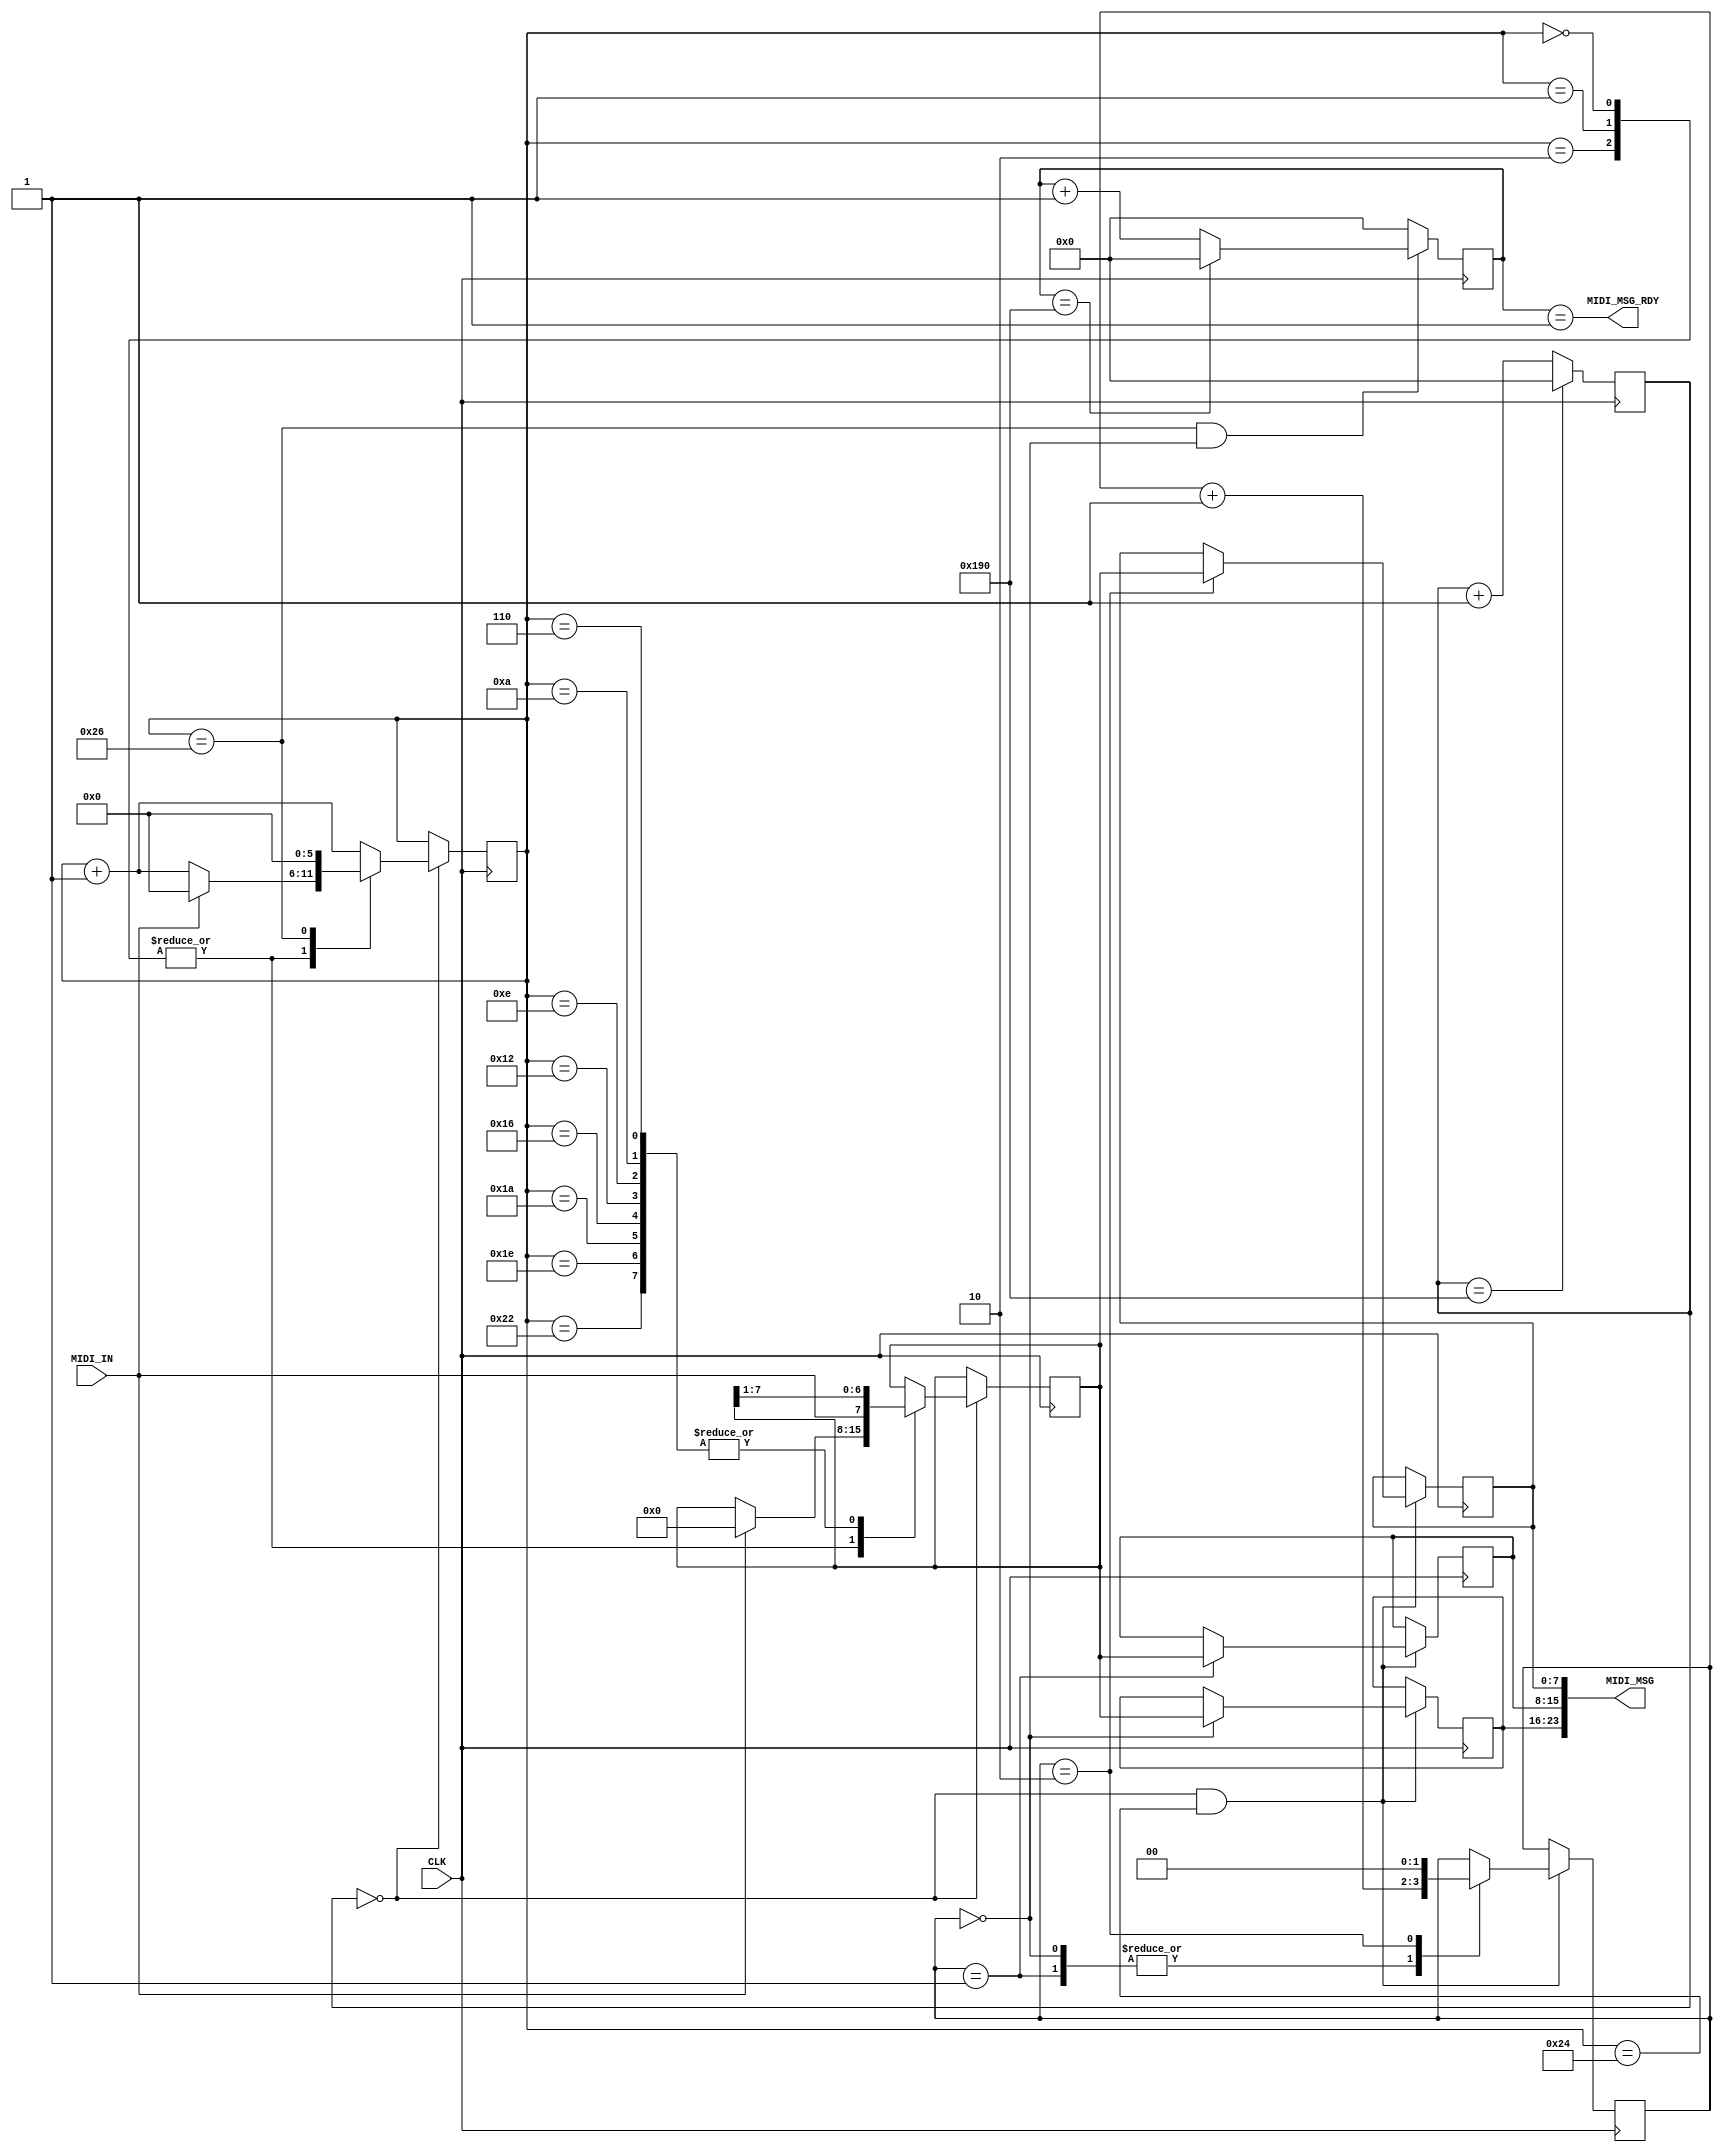
module MIDI (
	input CLK,
	input MIDI_IN,
	output [23:0] MIDI_MSG,
	output MIDI_MSG_RDY
);

// sampling clock
// 50MHz / 400 = 125Kbps (31.25Kbps x 4 over sampling)
reg [8:0] sp_cnt;
always @(posedge CLK) begin
	if (sp_cnt == 400)
		sp_cnt = 0;
	else
		sp_cnt = sp_cnt + 1;
end
wire sp_clk;
assign sp_clk = sp_cnt == 0;

// decoding MIDI_IN
reg [5:0] dec_cnt;
reg [7:0] dec_reg;
always @(posedge CLK) begin
	if (sp_clk) begin
		case (dec_cnt)
			0, 1, 2: // wait for a start bit
				if (MIDI_IN) begin
					dec_cnt = 0;
					dec_reg = 0;
				end else
					dec_cnt = dec_cnt + 1;
			6, 10, 14, 18, 22, 26, 30, 34: // sampling data bits
				begin
					dec_reg = {MIDI_IN, dec_reg[7:1]}; // right shift
					dec_cnt = dec_cnt + 1;
				end
			38: // stop bit
					dec_cnt = 0;
			default:
				dec_cnt = dec_cnt + 1;
		endcase
	end
end
wire dec_done; // decoding a byte finished
assign dec_done = sp_clk & dec_cnt == 36;

// construct a MIDI message
reg [1:0] midi_msg_cnt;
reg [7:0] midi_status;
reg [7:0] midi_data1;
reg [7:0] midi_data2;
always @(posedge CLK) begin
	if (dec_done) begin
		case (midi_msg_cnt)
			0: begin
				midi_status = dec_reg;
				midi_msg_cnt = midi_msg_cnt + 1;
			end
			1: begin
				midi_data1 = dec_reg;
				midi_msg_cnt = midi_msg_cnt + 1;
			end
			2: begin
				midi_data2 = dec_reg;
				midi_msg_cnt = 0;
			end
		endcase
	end 
end
assign MIDI_MSG = {midi_status, midi_data1, midi_data2};
assign midi_msg_rdy = dec_cnt == 38 & midi_msg_cnt == 0;

// generate one shot trigger when midi message is ready
reg [8:0] midi_msg_rdy_cnt;
always @(posedge CLK) begin
	if (midi_msg_rdy) begin
		if (midi_msg_rdy_cnt == 400)
			midi_msg_rdy_cnt = 0;
		else
			midi_msg_rdy_cnt = midi_msg_rdy_cnt + 1;
	end else
		midi_msg_rdy_cnt = 0;
end
assign MIDI_MSG_RDY = midi_msg_rdy_cnt == 1;

endmodule